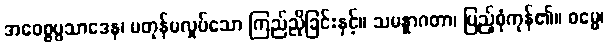
အဝေစ္စပ္ပသာဒေန၊ မတုန်မလှုပ်သော ကြည်ညိုခြင်းနှင့်။ သမန္နာဂတာ၊ ပြည့်စုံကုန်၏။ ဓမ္မေ၊